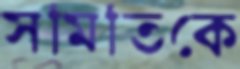
সমিতিকে